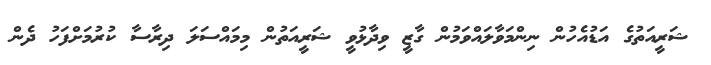
ޝަރީއަތުގެ އަޑުއެހުން ނިންމަވާލައްވަމުން ގާޒީ ވިދާޅުވީ ޝަރީއަތުން މިމައްސަލަ ދިރާސާ ކުރުމަށްފަހު ދެން